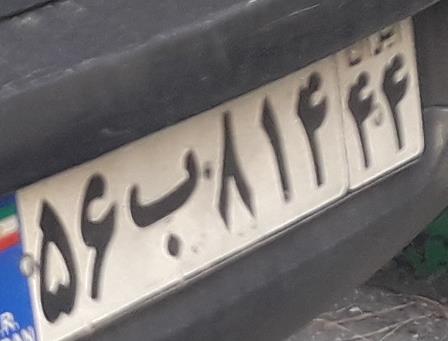
۵۶ب۸۱۴۴۴